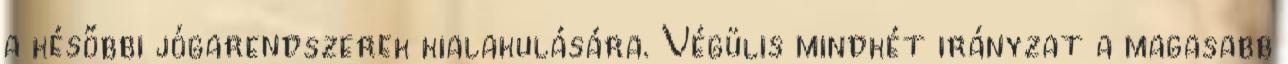
a későbbi jógarendszerek kialakulására. Végülis mindkét irányzat a magasabb